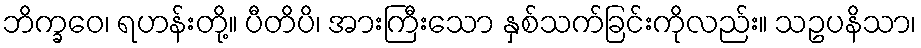
ဘိက္ခဝေ၊ ရဟန်းတို့။ ပီတိပိ၊ အားကြီးသော နှစ်သက်ခြင်းကိုလည်း။ သဥပနိသာ၊